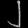
Digit: ၂